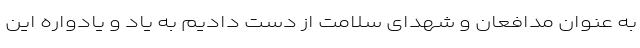
به عنوان مدافعان و شهدای سلامت از دست دادیم به یاد و یادواره این